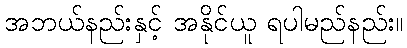
အဘယ်နည်းနှင့် အနိုင်ယူ ရပါမည်နည်း။